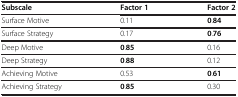
<table><thead><tr><td><b>Subscale</b></td><td><b>Factor 1</b></td><td><b>Factor 2</b></td></tr></thead><tbody><tr><td>Surface Motive</td><td>0.11</td><td><b>0</b>.<b>84</b></td></tr><tr><td>Surface Strategy</td><td>0.17</td><td><b>0</b>.<b>76</b></td></tr><tr><td>Deep Motive</td><td><b>0</b>.<b>85</b></td><td>0.16</td></tr><tr><td>Deep Strategy</td><td><b>0</b>.<b>88</b></td><td>0.12</td></tr><tr><td>Achieving Motive</td><td>0.53</td><td><b>0</b>.<b>61</b></td></tr><tr><td>Achieving Strategy</td><td><b>0</b>.<b>85</b></td><td>0.30</td></tr></tbody></table>